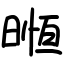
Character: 暅